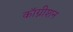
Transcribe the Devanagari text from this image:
कॉग्नीशन